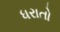
ધરાતો